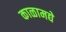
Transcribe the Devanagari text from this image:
काळामद्ये